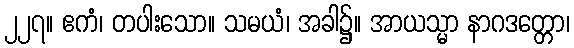
၂၂၇။ ဧကံ၊ တပါးသော။ သမယံ၊ အခါ၌။ အာယသ္မာ နာဂဒတ္တော၊